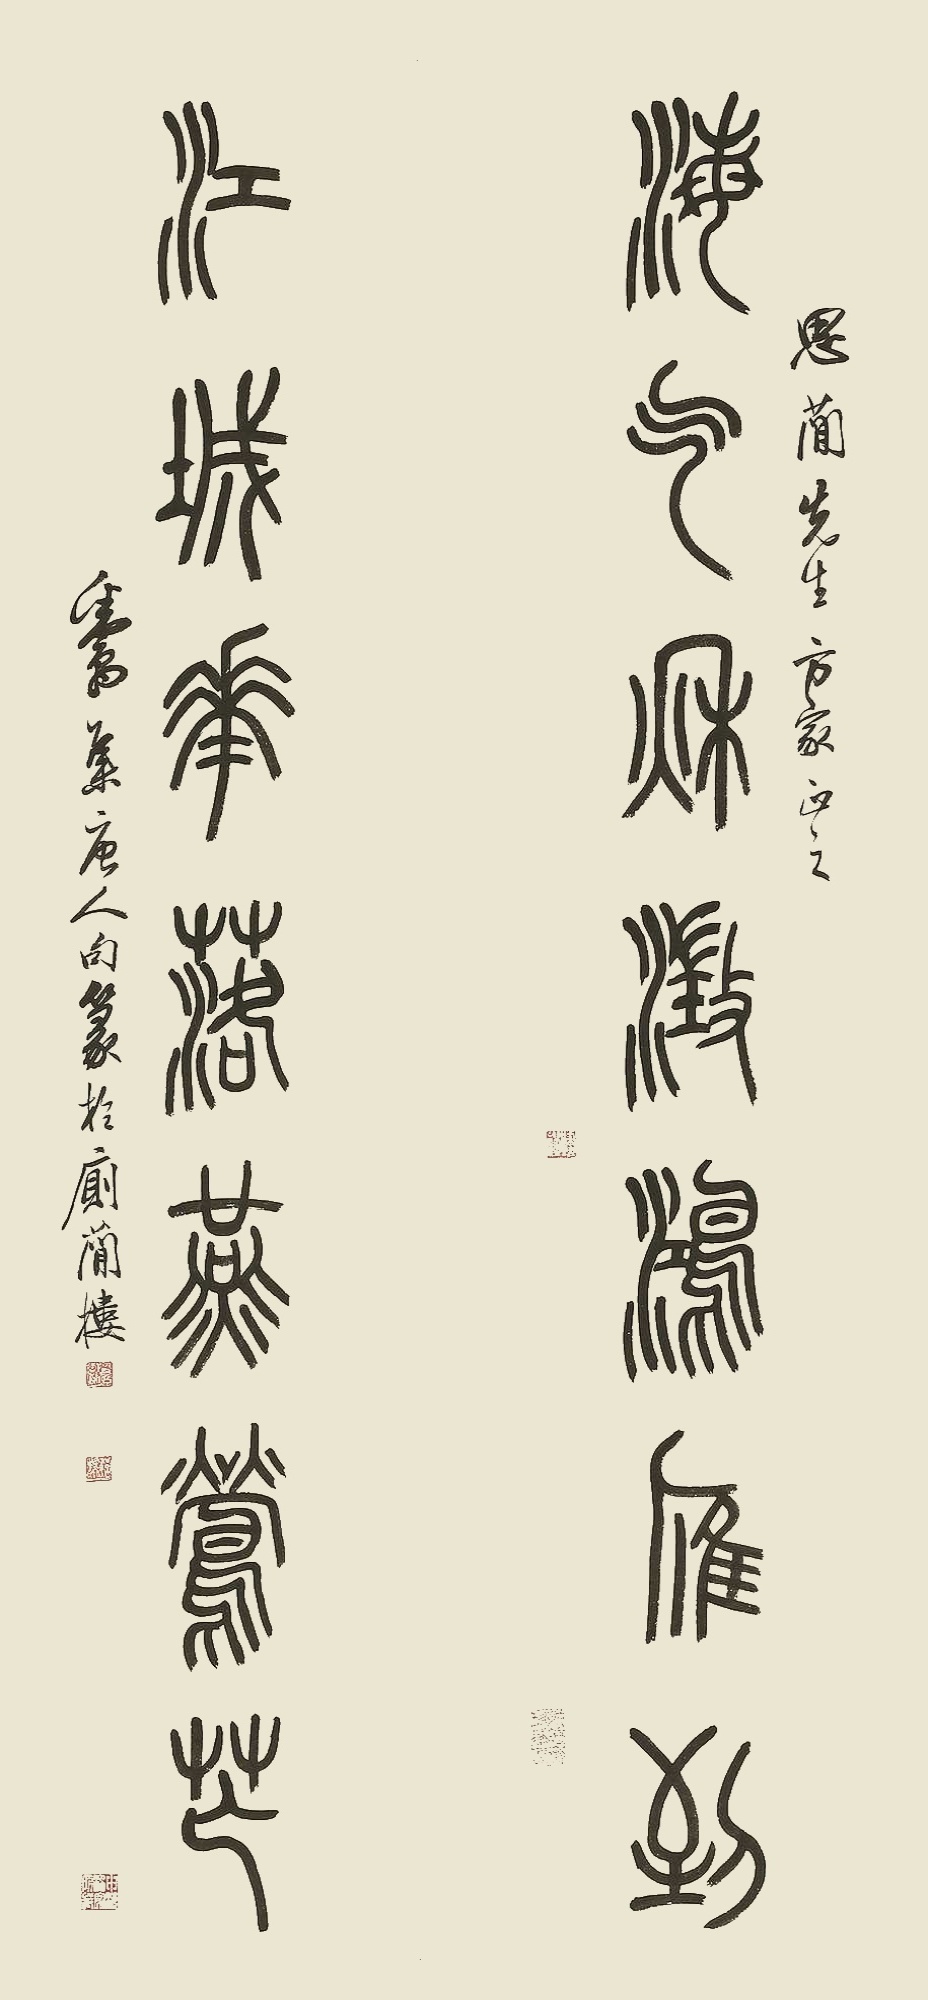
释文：海气秋澄鸿雁到，江城花落燕莺芒。思简先生方家正之，粪翁集唐人句篆于厕简楼。